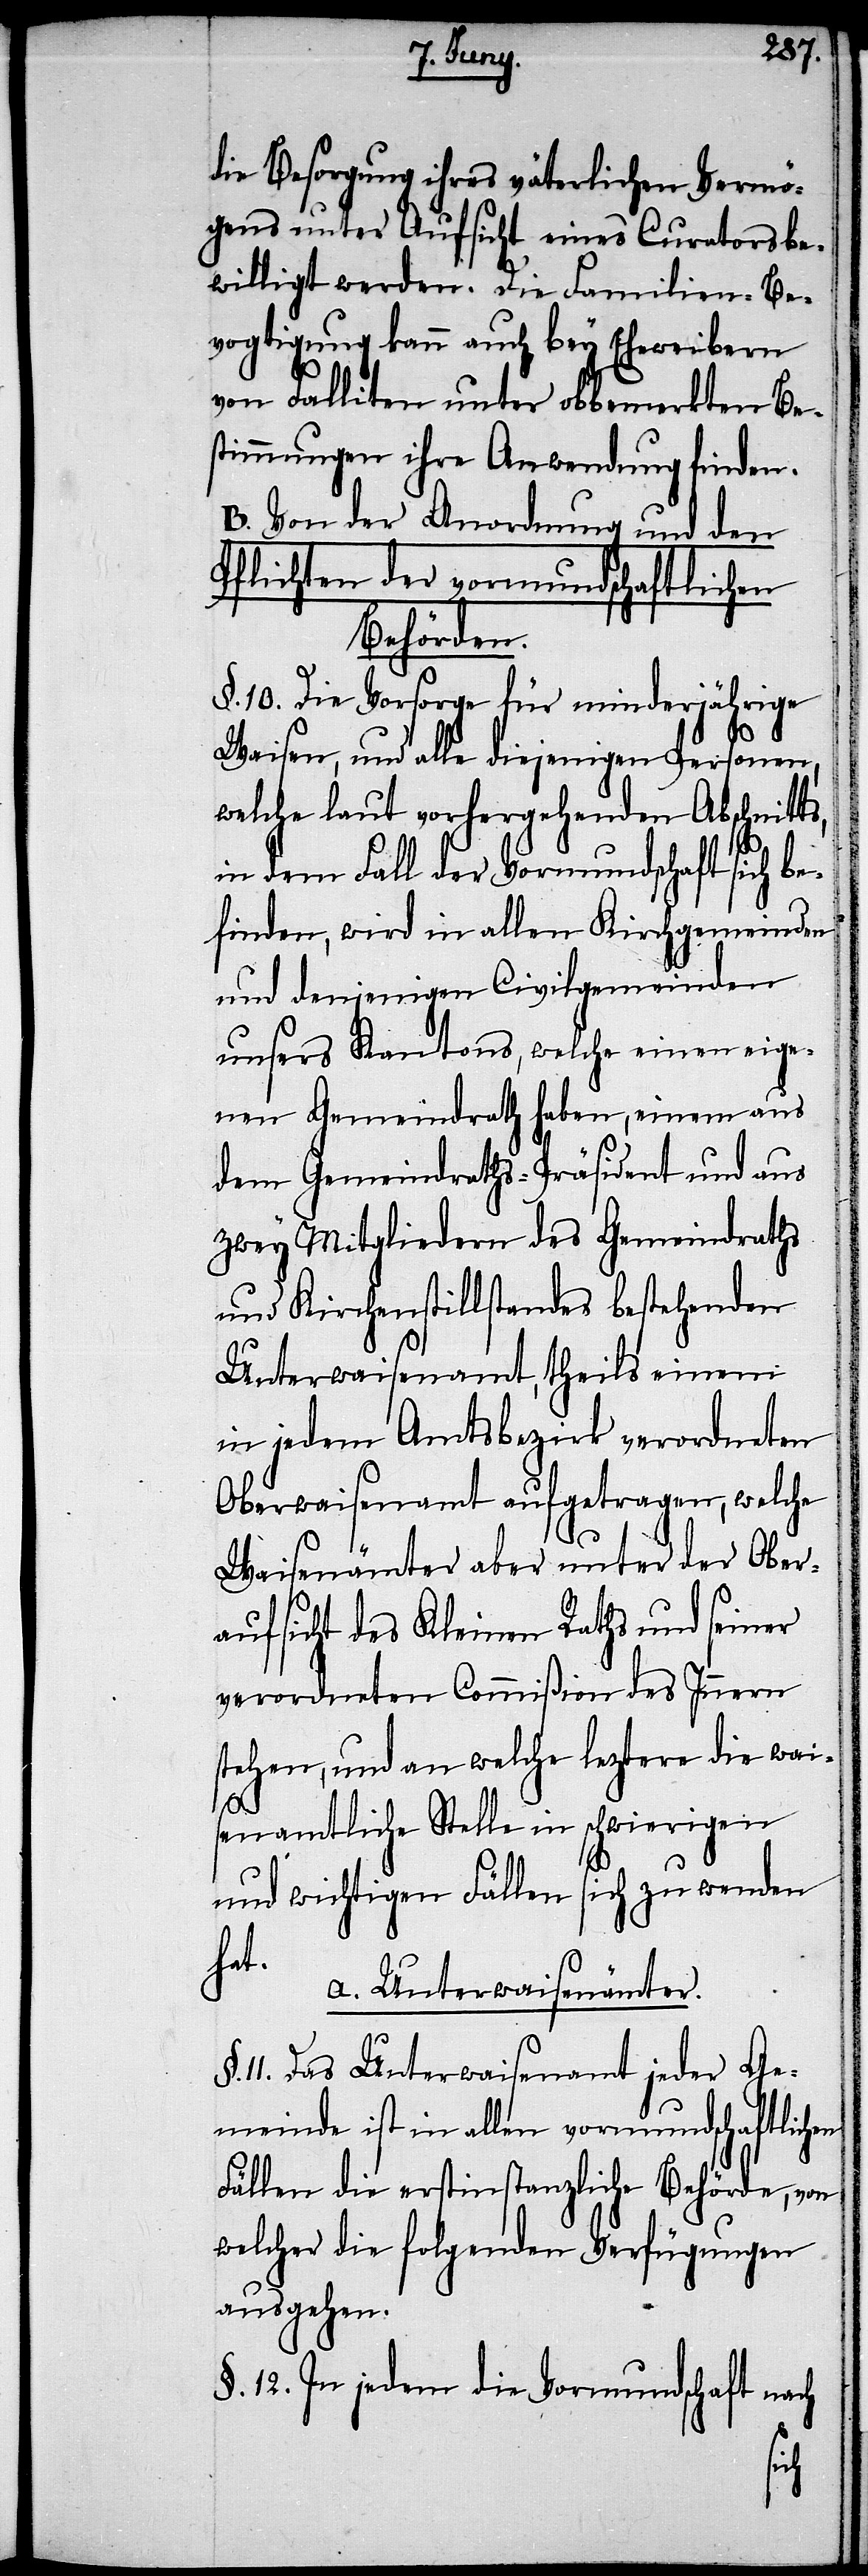
die Besorgung ihres väterlichen Vermö¬
gens unter Aufsicht eines Curators be¬
willigt werden. Die Familien-Be¬
vogtigung kann auch bey Eheweibern
von Falliten unter obbemerkten Be¬
stimmungen ihre Anwendung finden.
B. Von der Anordnung und den
Pflichten der vormundschaftlichen
Behörden.
§. 10. Die Vorsorge für minderjährige
Waisen, und alle diejenigen Personen,
welche laut vorhergehenden Abschnitt¬
in dem Fall der Vormundschaft sich be¬
finden, wird in allen Kirchgemeinden
und denjenigen Civilgemeinden
unsers Kantons, welche einen eige¬
nen Gemeindrath haben, einem aus
dem Gemeindraths-Präsident und aus
zwey Mitgliedern des Gemeindraths
und Kirchenstillstandes bestehenden
Unterwaisenamt, theils einem
in jedem Amtsbezirk verordneten
Oberwaisenamt aufgetragen, welche
Waisenämter aber unter der Ober¬
aufsicht des Kleinen Raths und seiner
verordneten Commißion des Innern
stehen, und an welche letztere die wai¬
s,
senamtliche Stelle in schwierigen
und wichtigen Fällen sich zu wenden
hat.
a. Unterwaisenämter.
11. Das Unterwaisenamt jeder Ge¬
meinde ist in allen vormundschaftlichen
Fällen die erstinstanzliche Behörde, von
welcher die folgenden Verfügungen
ausgehen.
§. 12. In jedem die Vormundschaft nach